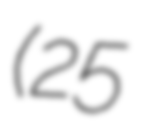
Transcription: (25